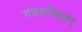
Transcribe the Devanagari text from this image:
मंडपविधान